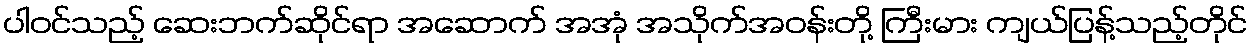
ပါဝင်သည့် ဆေးဘက်ဆိုင်ရာ အဆောက် အအုံ အသိုက်အဝန်းတို့ ကြီးမား ကျယ်ပြန့်သည့်တိုင်